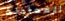
المعادلة